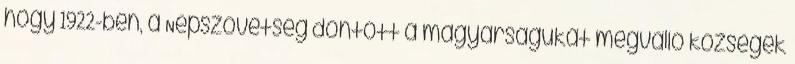
hogy 1922-ben, a Népszövetség döntött a magyarságukat megvalló községek